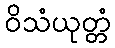
ဝိသံယုတ္တံ